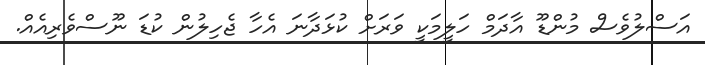
އަސްލުވެސް މުންޑޫ އާދަމް ހަލީމަކީ ވަރަށް ކުޅަދާނަ އެހާ ޖެހިލުން ކުޑަ ނޫސްވެރިއެއް.